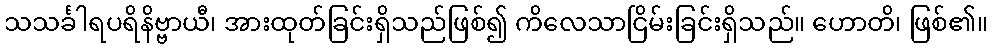
သသင်္ခါရပရိနိဗ္ဗာယီ၊ အားထုတ်ခြင်းရှိသည်ဖြစ်၍ ကိလေသာငြိမ်းခြင်းရှိသည်။ ဟောတိ၊ ဖြစ်၏။